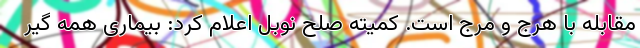
مقابله با هرج و مرج است. کمیته صلح نوبل اعلام کرد: بیماری همه گیر